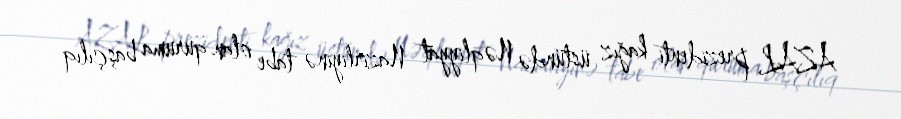
AZAL prezidenti kağız üstündə Nəqliyyat Nazirliyinə tabe olan quruma başçılıq